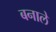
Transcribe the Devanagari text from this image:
बनाले